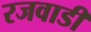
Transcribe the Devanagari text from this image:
रजवाडी